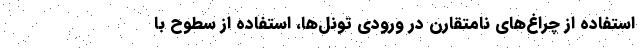
استفاده از چراغ‌های نامتقارن در ورودی تونل‌ها، استفاده از سطوح با